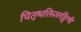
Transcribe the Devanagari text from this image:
पितृभक्तितरङ्गिणी